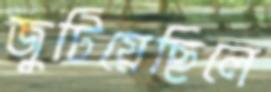
জুটিয়েছিলে